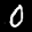
Label: 0